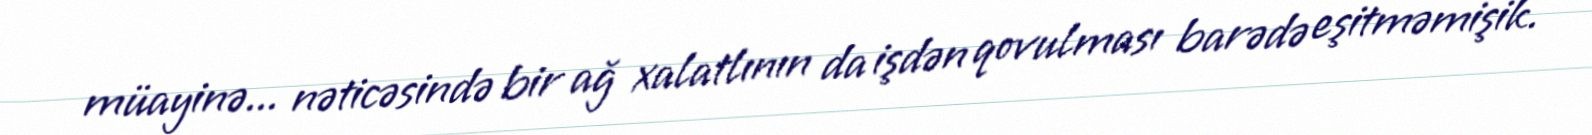
müayinə... nəticəsində bir ağ xalatlının da işdən qovulması barədə eşitməmişik.